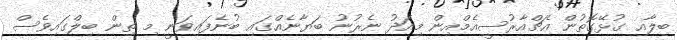
ބިލާއި ގުޅޭގޮތުން އެޗްއާރުސީއެމްއިން މިއަދު ނެރުނު ބަޔާނެއްގައި ބުނެފައިވަނީ މި ތިން ބިލްގައިވެސް